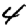
Digit: 4